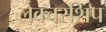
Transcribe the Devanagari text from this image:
लेक्चरशिप